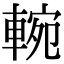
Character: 䡝